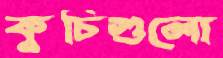
কুচিগুলো